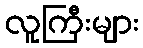
လူကြီးများ